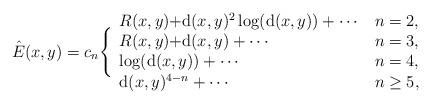
LaTeX: \begin{align*}\hat{E}(x,y)= c_n\Bigg\{\begin{array}{ll}R(x,y)+$d$(x,y)^2\log($d$(x,y))+\cdots & n=2, \\R(x,y)+$d$(x,y)+\cdots & n=3,\\\log($d$(x,y))+\cdots & n=4,\\$d$(x,y)^{4-n}+\cdots & n\geq 5,\end{array}\end{align*}